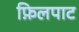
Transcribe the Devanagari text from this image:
फ़िलपाट